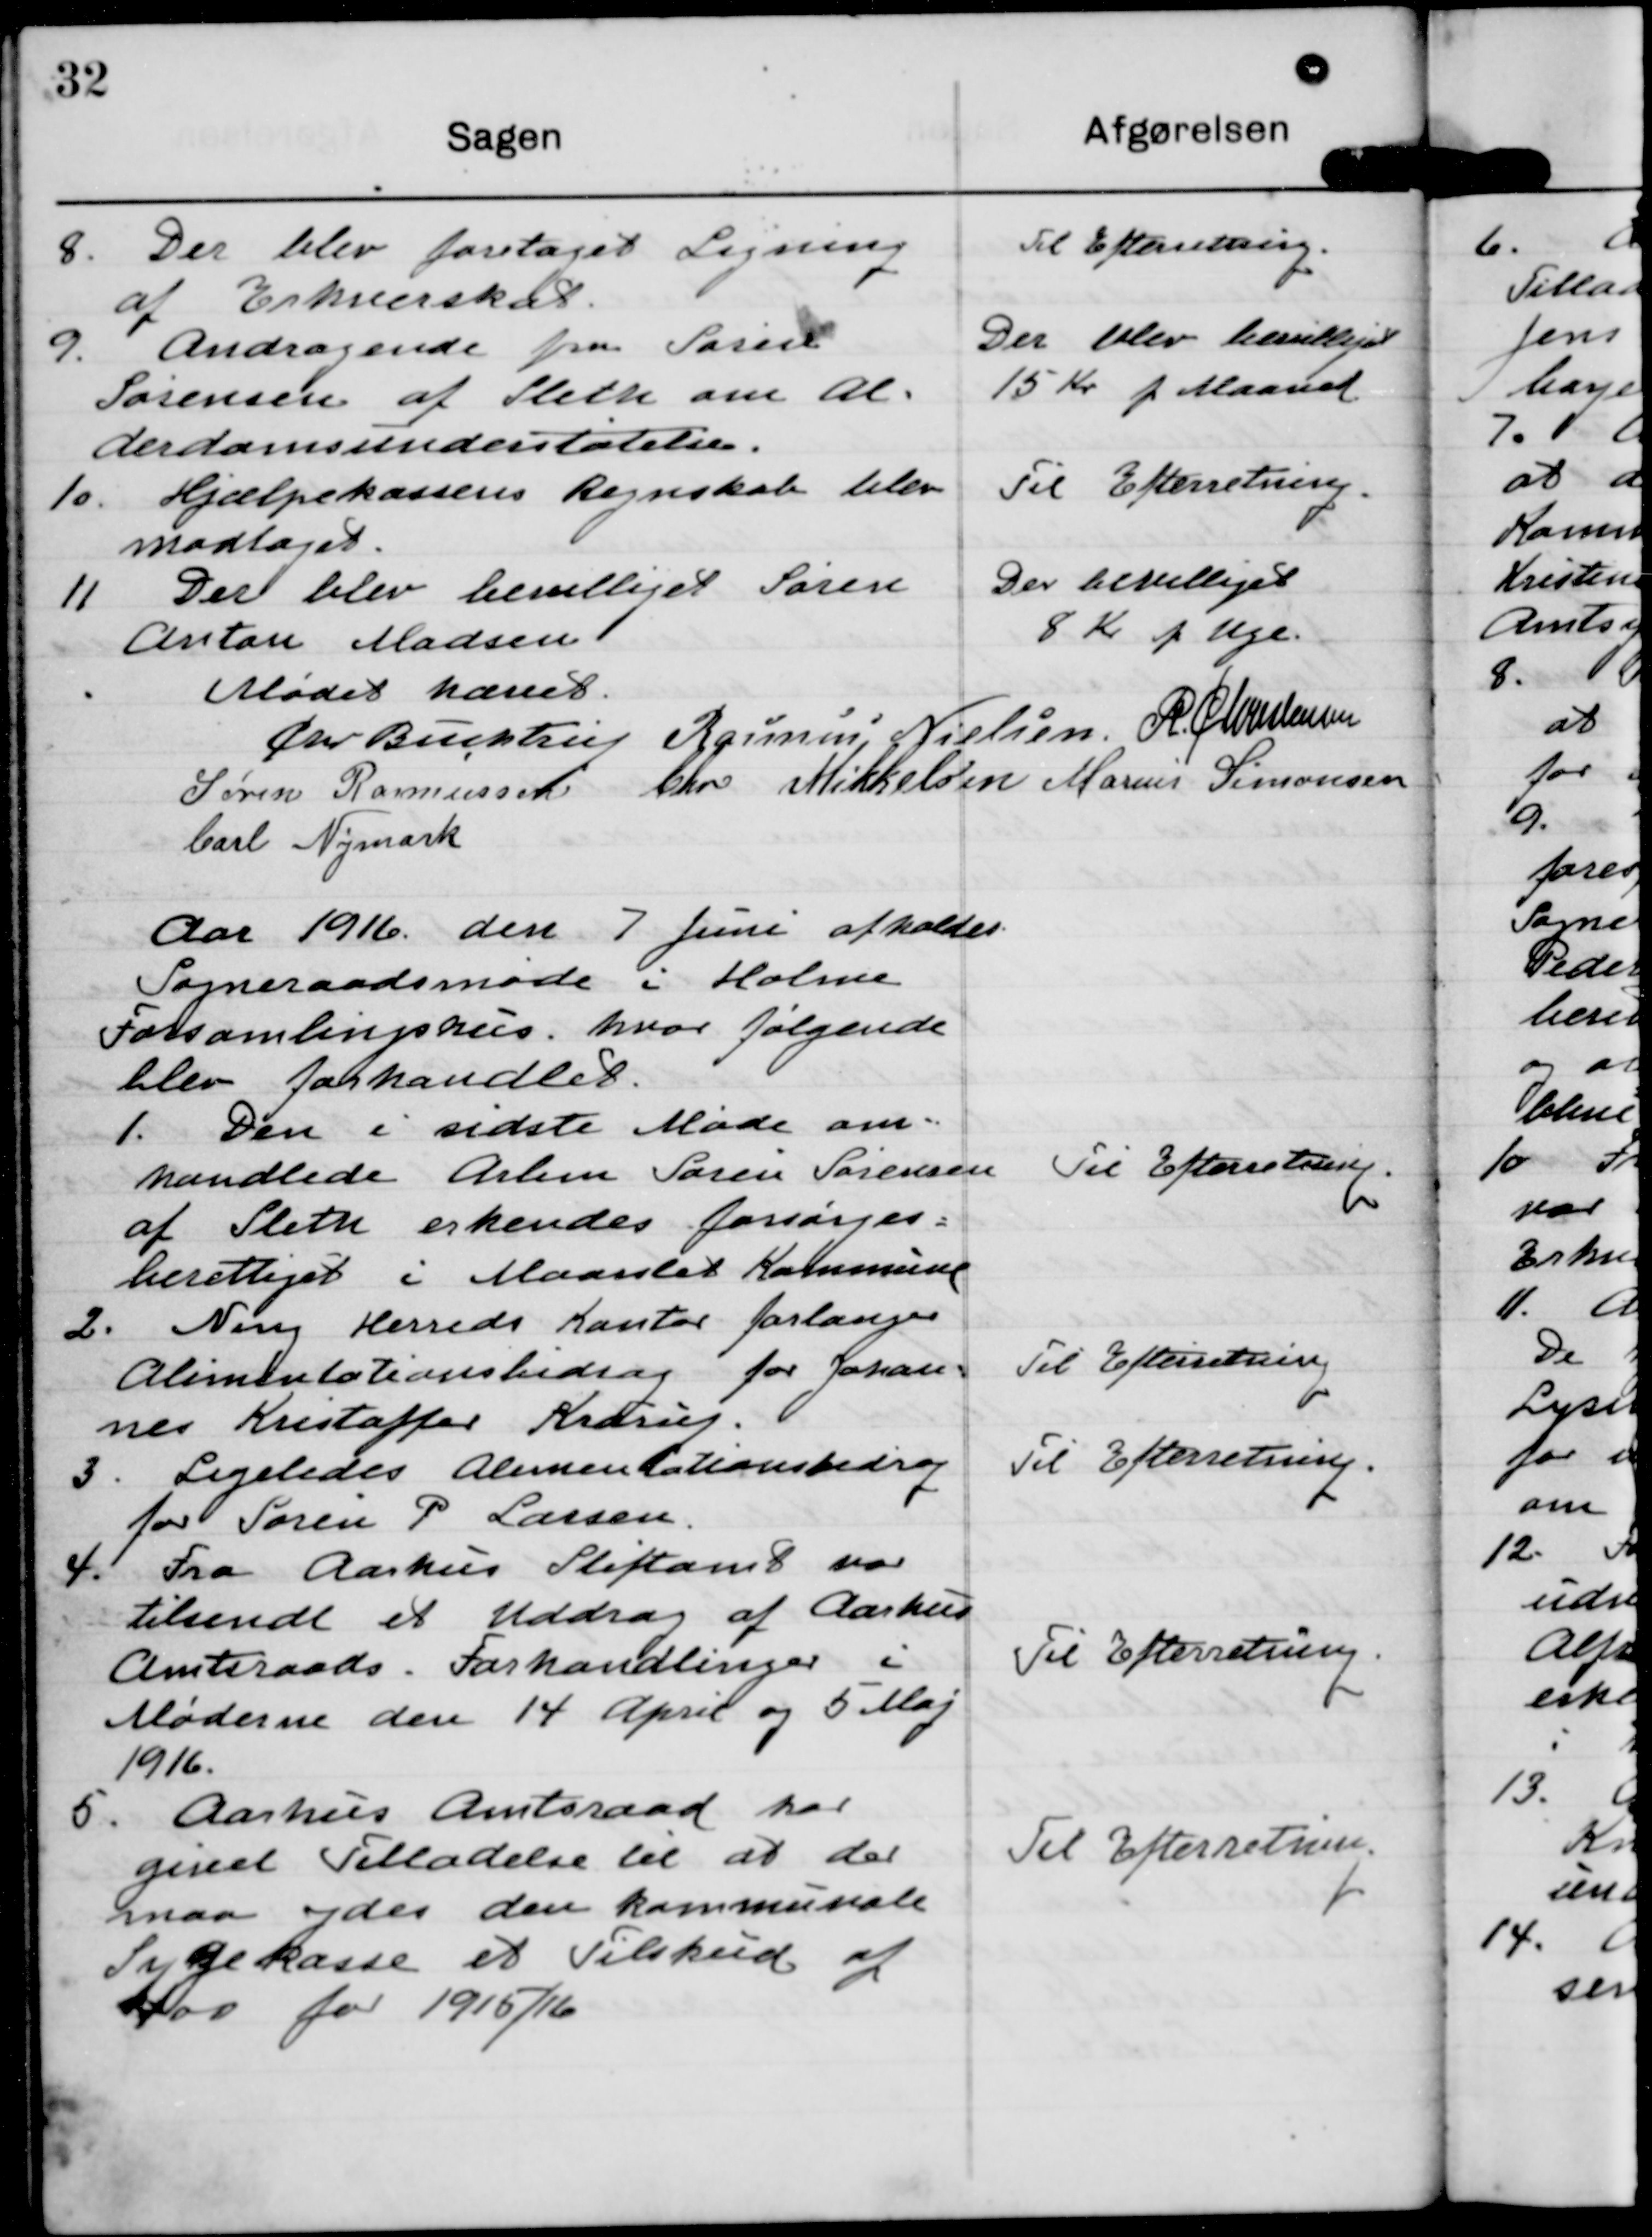
Transskription:
8. Der blev foretaget Ligning
af Erhnerskar.

Til Efterretning

9. Andragende fra Sarsul
Sørensen af Sledte om Al-
derdomsunderstøtelse.

Der blev besitteget
15 Kr p Maaned

10. Hjælpekassens Regnskab blev
modtaget.

Til Efterretning

11 Der blev beilliget Søren
Anton Madsen

Der bevilliget
8 Kr p Uge.

Mødet hævet

Ører Buutru

Rasmus, Nielsen

R C Sressensen

Søren Rasmussen

Chr Mikkelsen

Marius Simonsen

barl Nymark

Aar 1916 den 7 Juni afholdtes
Sogneraadsmøde i Holme
Forsamlingshus, hvor følgende
blev forhandlet.

1. Den e sidste Møde om-
handlede Arbm Søren Sørensen
af Pleth erkendes forsørges.
beretteget i Maarslet Kommune

Til Efterretning.

2. Neng Herreds Kantor forlanges
Alimentationsbidrag for Johan-
nes Krestaffor Aidrup.

Til Efterretning

3. Ligeledes Alimentationsbidrag
for Søren P Larsen

Til Efterretning.

41 Fra Aarhus Stiftamt var
tilsendt et Uddrag af Aarhus
Amtsraads. Forhandlinger i
Møderne den 14 April og 5 Maj
1916.

Til Efterretning.

5. Aarhus Amtsraad har
ginet Tilladelse til at der
naa ndes den kommunale
Sygekasse et Tilskud af
400 for 1915/16

Til Efterretning